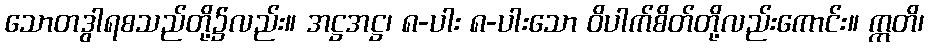
သောတဒွါရစသည်တို့၌လည်း။ အဋ္ဌအဋ္ဌ၊ ၈-ပါး ၈-ပါးသော ဝိပါက်စိတ်တို့လည်းကောင်း။ ဣတိ၊